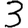
Digit: 3